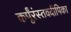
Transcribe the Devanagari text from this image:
कर्पूंरंस्तवदीपिका